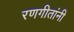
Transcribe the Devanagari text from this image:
रणगीतांनी